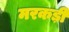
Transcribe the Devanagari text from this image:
मरकड़ी